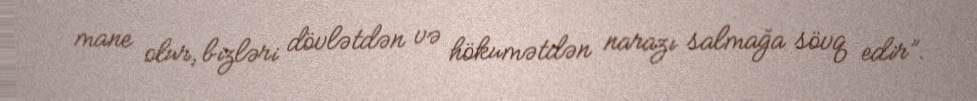
mane olur, bizləri dövlətdən və hökumətdən narazı salmağa sövq edir”.